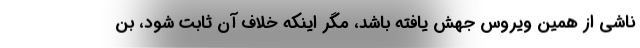
ناشی از همین ویروس جهش یافته باشد، مگر اینکه خلاف آن ثابت شود، بن